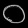
Digit: ၀